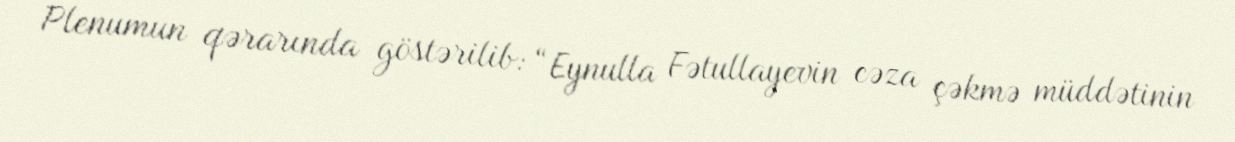
Plenumun qərarında göstərilib: “Eynulla Fətullayevin cəza çəkmə müddətinin